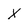
Character: X